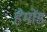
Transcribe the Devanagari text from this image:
हैमोंड